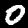
Label: 0